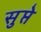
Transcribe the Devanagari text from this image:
सुप्ते